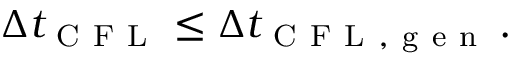
\Delta t _ { \mathrm { ~ C ~ F ~ L ~ } } \le \Delta t _ { \mathrm { ~ C ~ F ~ L ~ , ~ g ~ e ~ n ~ } } \, .